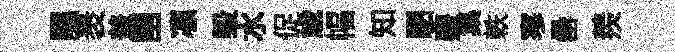
隰褁盖圉凛毁水促歳幅知駟覈集軼寒罍羨